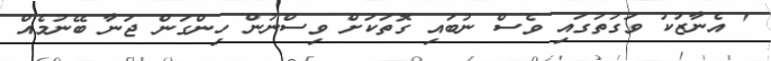
' އެނާޒުކު ވަގުތުގައި ވެސް ނުބައި ގޮތަކަށް ވިސްނުން ހިންގަން ޖަނާ ބޭނުމެއް